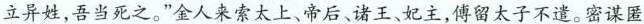
立异姓，吾当死之。”金人来索太上、帝后、诸王、妃主，傅留太子不遣。密谋匿